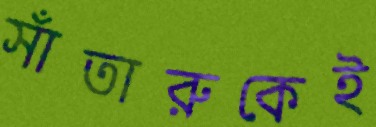
সাঁতারুকেই